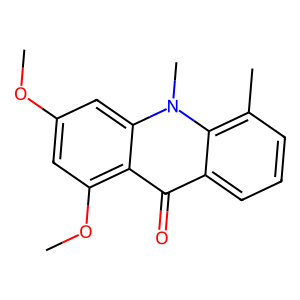
SMILES: COc1cc(OC)c2c(=O)c3cccc(C)c3n(C)c2c1
Inhibits HIV replication: No